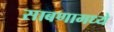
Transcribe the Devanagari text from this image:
साबणामध्ये